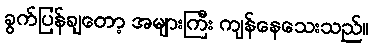
ခွက်ပြန်ချတော့ အများကြီး ကျန်နေသေးသည်။